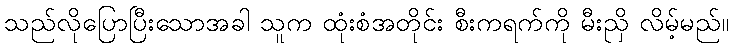
သည်လိုပြောပြီးသောအခါ သူက ထုံးစံအတိုင်း စီးကရက်ကို မီးညှိ လိမ့်မည်။